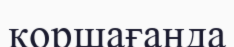
қоршағанда